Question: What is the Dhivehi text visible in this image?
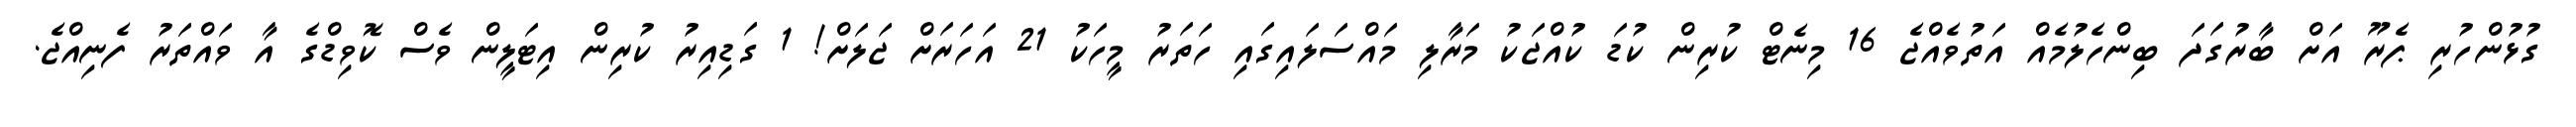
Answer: ގުޅުންހުރި ޕެރޫ އަށް ބާރުގަދަ ބިންހެލުމެއް އަތުވެއްޖެ 16 މިނެޓް ކުރިން ކުޑަ ކުއްޖަކު މަރާލި މައްސަލައިގައި ހަތަރު މީހަކު 21 އަހަރަށް ޖަލަށް! 1 ގަޑިއިރު ކުރިން އިޓަލީން ވެސް ކޮވިޑްގެ އާ ވައްތަރު ފެނިއްޖެ.